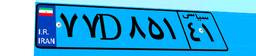
۷۷D۸۵۱۴۱